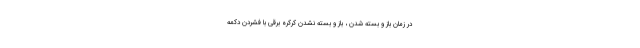
در زمان باز و بسته شدن ، باز و بسته نشدن کرکره برقی با فشردن دکمه